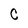
Character: C